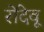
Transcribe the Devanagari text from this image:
रोंदेवू